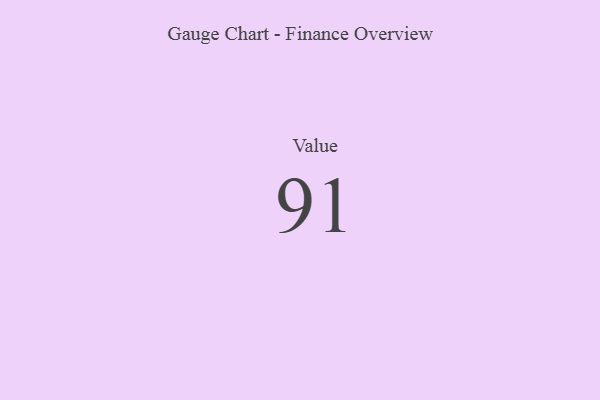
{"axis": {"x": "Metric", "y": "Value"}, "legend": [""], "data": [{"x": "Value", "y": 91, "type": ""}]}